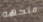
متجهه